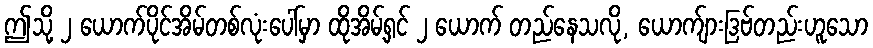
ဤသို့ ၂ ယောက်ပိုင်အိမ်တစ်လုံးပေါ်မှာ ထိုအိမ့်ရှင် ၂ ယောက် တည်နေသလို, ယောက်ျားဒြဗ်တည်းဟူသော